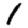
Digit: 1